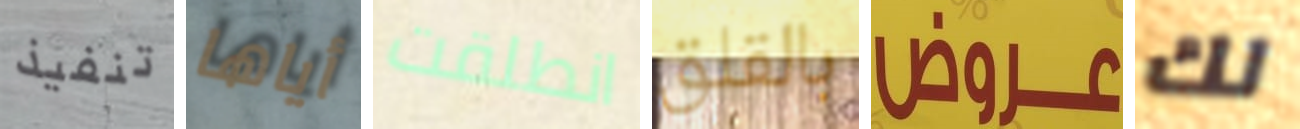
تنفيذ أياها انطلقت بالقلق عروض لك